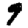
Digit: 9